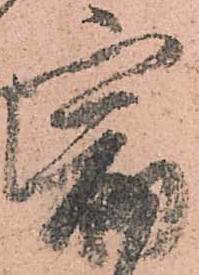
宿